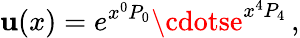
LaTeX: \mathbf{u}(x)=e^{x^{0}P_{0}}\cdotse^{x^{4}P_{4}}\, ,